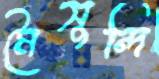
মৈসুন্দি